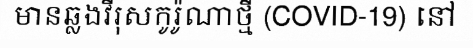
មានឆ្លងវីរុសកូរ៉ូណាថ្មី (COVID-19) នៅ